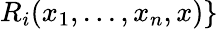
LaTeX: R_{i}(x_{1},...,x_{n},x)\}